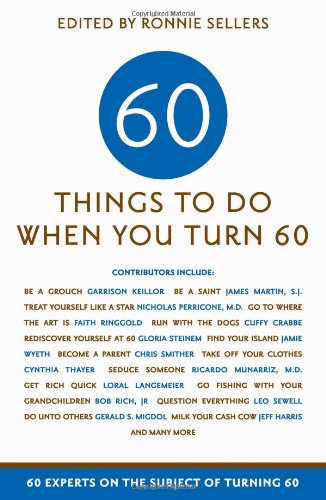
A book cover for Sixty Things to Do When You Turn Sixty: 60 Experts on the Subject of Turning 60; Various; Self-Help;